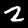
Digit: 2